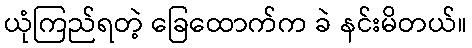
ယုံကြည်ရတဲ့ ခြေထောက်က ခဲ နင်းမိတယ်။